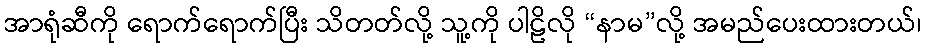
အာရုံဆီကို ရောက်ရောက်ပြီး သိတတ်လို့ သူ့ကို ပါဠိလို “နာမ”လို့ အမည်ပေးထားတယ်၊